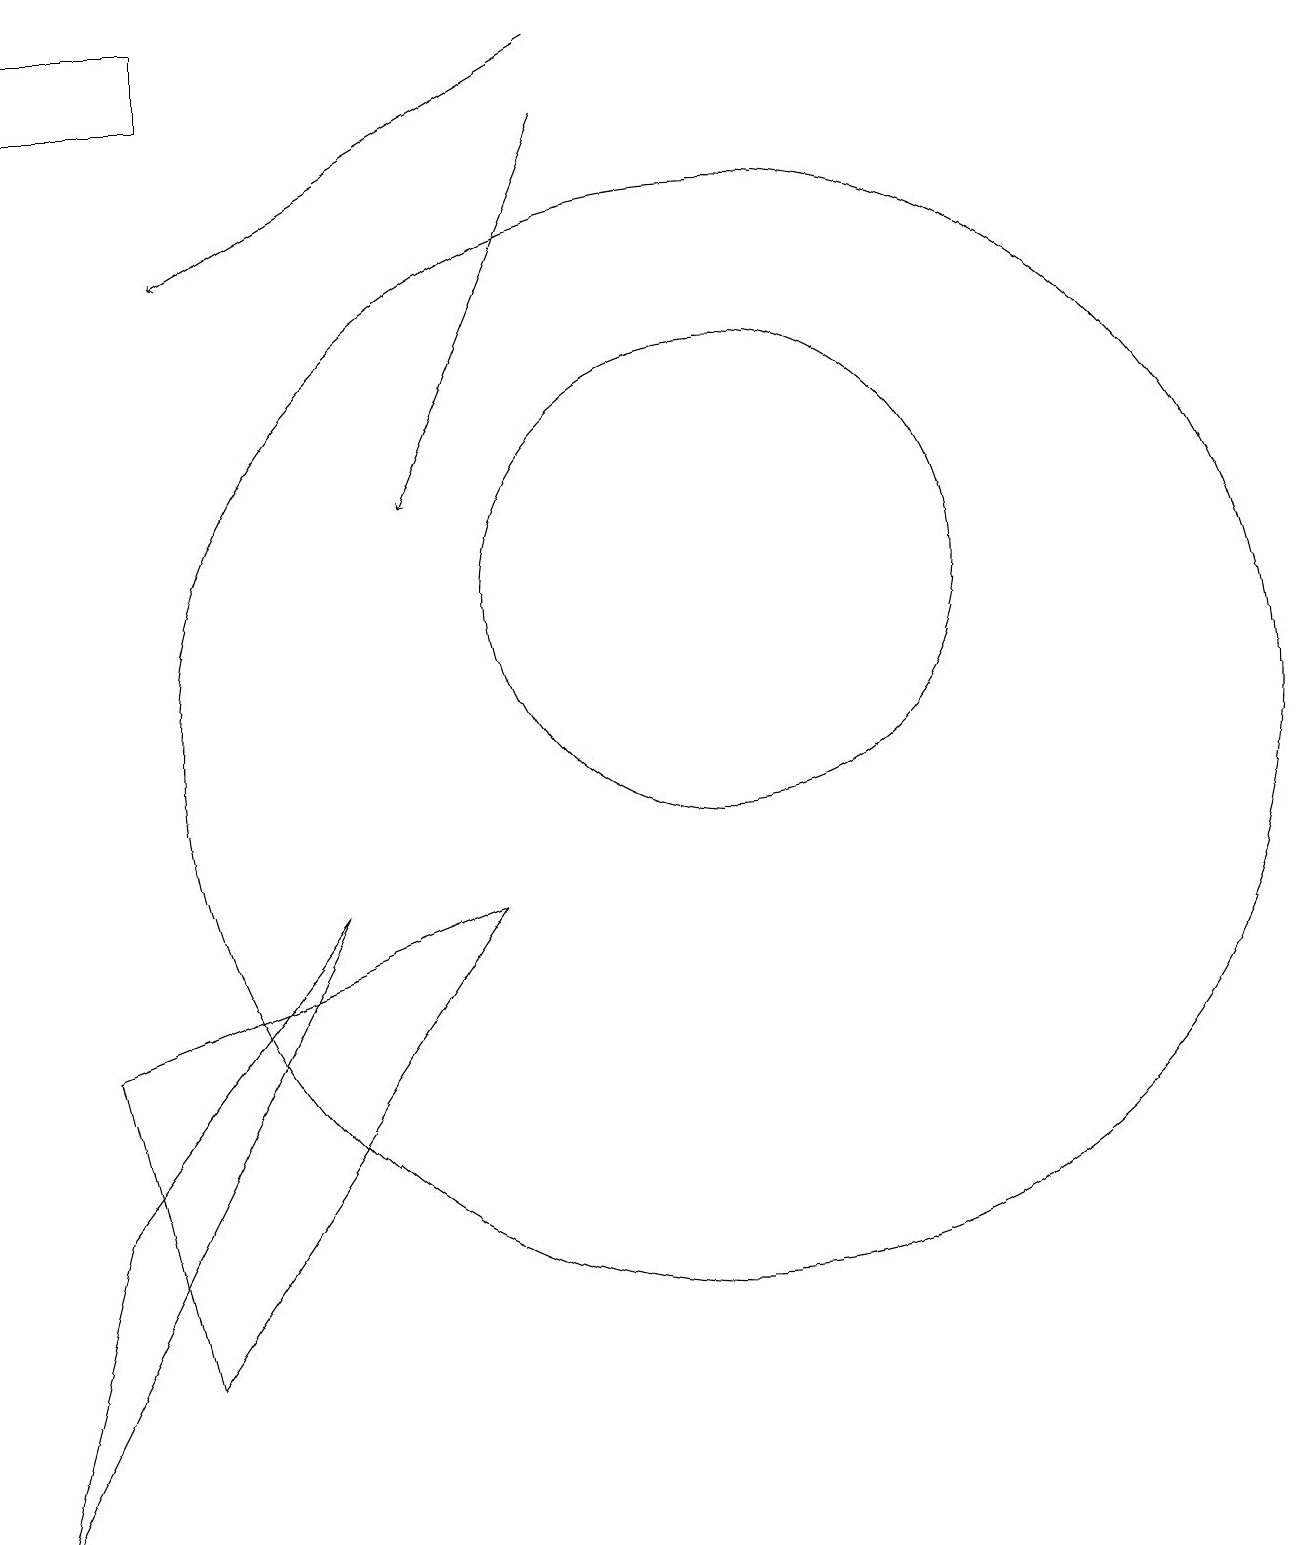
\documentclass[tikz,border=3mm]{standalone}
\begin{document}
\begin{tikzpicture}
\draw (10,12) circle (3);
\draw (2,4) -- (5,8) -- (1,0) -- cycle;
\draw (3,2) -- (2,6) -- (7,8) -- cycle;
\draw (10,10) circle (7);
\draw[->] (8,18) -- (6,13);
\draw (1,18) rectangle (3,19);
\draw[->] (8,19) -- (3,16);
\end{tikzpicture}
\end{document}